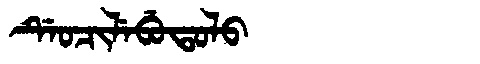
Manchu: ᡩᡝᠣᠴᡳᠯᡝᠪᡠᡨᠣᠯᠣ
Romanization: DEOCILEBUTOLO